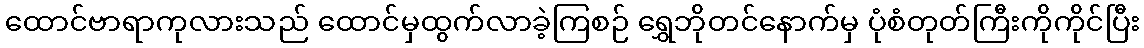
ထောင်ဗာရာကုလားသည် ထောင်မှထွက်လာခဲ့ကြစဉ် ရွှေဘိုတင်နောက်မှ ပုံစံတုတ်ကြီးကိုကိုင်ပြီး